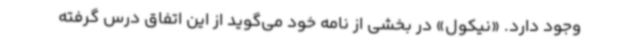
وجود دارد. «نیکول» در بخشی از نامه خود می‌گوید از این اتفاق درس گرفته